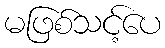
မဖြစ်သင့်ပေ